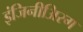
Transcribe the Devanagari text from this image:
इंजिनीअिरग